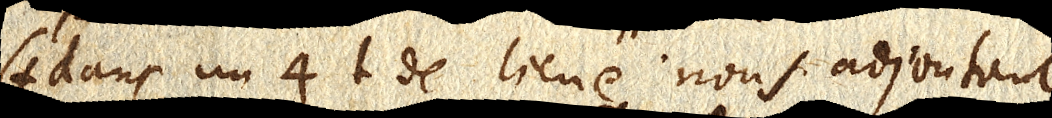
(+ dans un 4t de lieue nous adjoutant